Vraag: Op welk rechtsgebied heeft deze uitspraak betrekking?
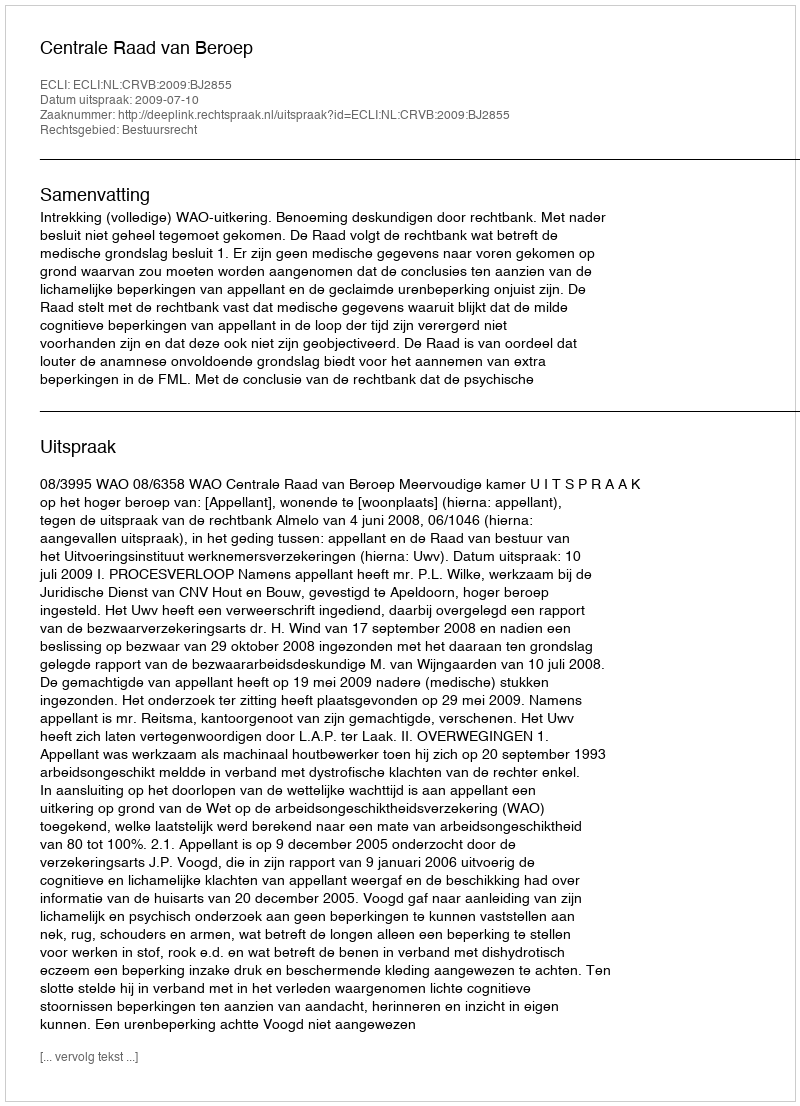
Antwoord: Bestuursrecht